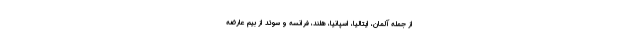
از جمله آلمان، ایتالیا، اسپانیا، هلند، فرانسه و سوئد از بیم عارضه